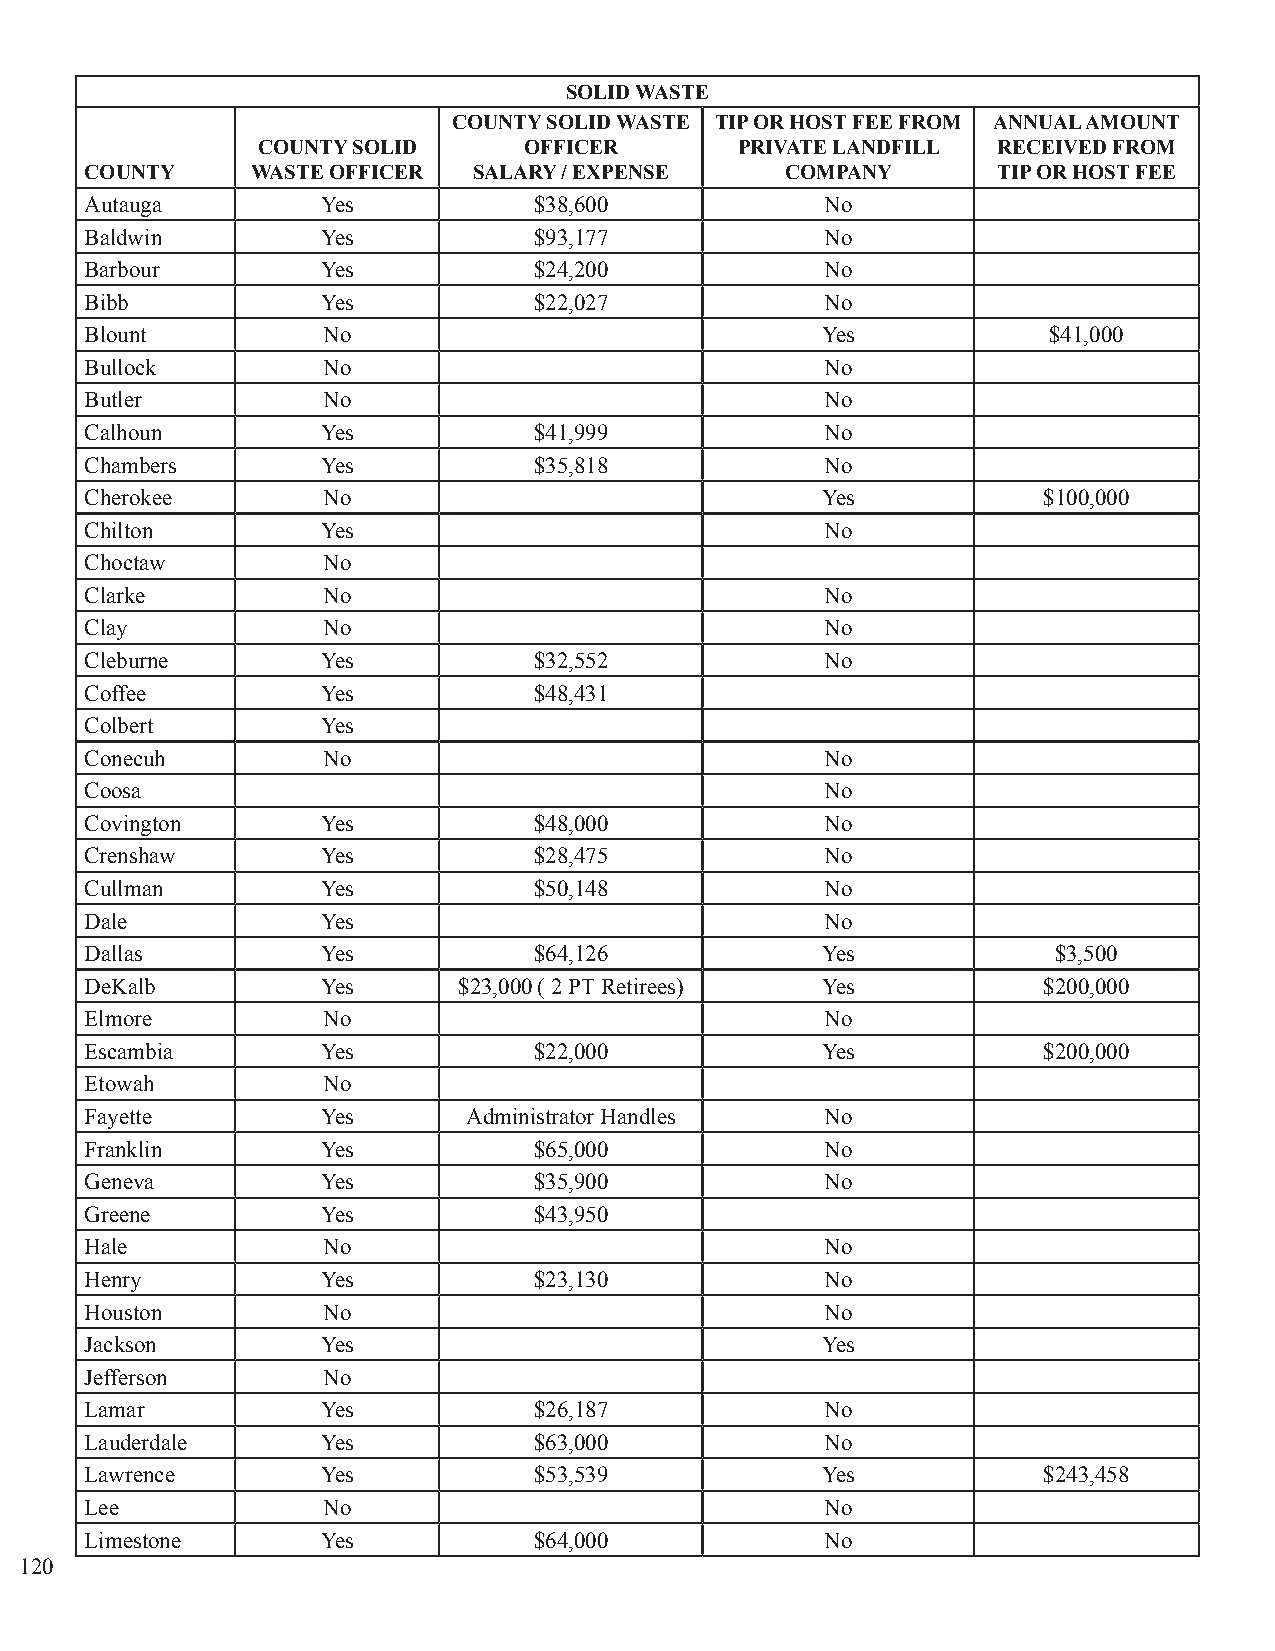
SOLID WASTE
 COUNTY SOLID WASTE TIP OR HOST FEE FROM ANNUAL AMOUNT
 COUNTY SOLID      OFFICER       PRIVATE LANDFILL RECEIVED FROM
 COUNTY     WASTE OFFICER SALARY / EXPENSE     COMPANY       TIP OR HOST FEE
 Autauga        Yes           $38,600             No
 Baldwin        Yes           $93,177             No
 Barbour        Yes           $24,200             No
 Bibb           Yes           $22,027             No
 Blount         No                               Yes            $41,000
 Bullock        No                                No
 Butler         No                                No
 Calhoun        Yes           $41,999             No
 Chambers       Yes           $35,818             No
 Cherokee       No                               Yes            $100,000
 Chilton        Yes                               No
 Choctaw        No
 Clarke         No                                No
 Clay           No                                No
 Cleburne       Yes           $32,552             No
 Coffee         Yes           $48,431
 Colbert        Yes
 Conecuh        No                                No
 Coosa                                            No
 Covington      Yes           $48,000             No
 Crenshaw       Yes           $28,475             No
 Cullman        Yes           $50,148             No
 Dale           Yes                               No
 Dallas         Yes           $64,126            Yes             $3,500
 DeKalb         Yes      $23,000 ( 2 PT Retirees) Yes           $200,000
 Elmore         No                                No
 Escambia       Yes           $22,000            Yes            $200,000
 Etowah         No
 Fayette        Yes       Administrator Handles   No
 Franklin       Yes           $65,000             No
 Geneva         Yes           $35,900             No
 Greene         Yes           $43,950
 Hale           No                                No
 Henry          Yes           $23,130             No
 Houston        No                                No
 Jackson        Yes                              Yes
 Jefferson      No
 Lamar          Yes           $26,187             No
 Lauderdale     Yes           $63,000             No
 Lawrence       Yes           $53,539            Yes            $243,458
 Lee            No                                No
 Limestone      Yes           $64,000             No
 120